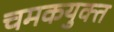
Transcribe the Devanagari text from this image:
चमकयुक्त